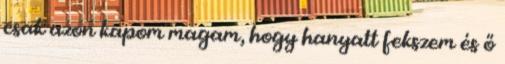
csak azon kapom magam, hogy hanyatt fekszem és ő